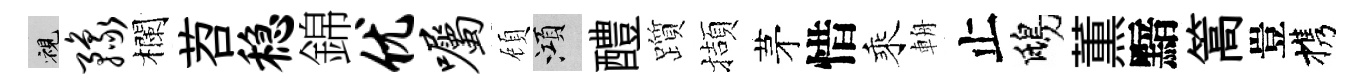
視豫欄苕稳錦优嘱頋澒醴躓擷茅惜乘輈止鴟薫黯篙豈携